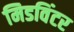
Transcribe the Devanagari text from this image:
मिडविंटर